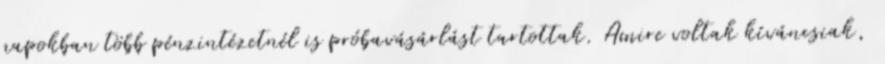
napokban több pénzintézetnél is próbavásárlást tartottak. Amire voltak kíváncsiak,